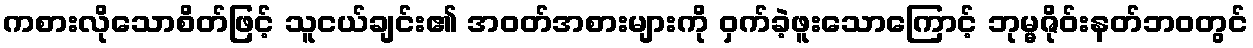
ကစားလိုသောစိတ်ဖြင့် သူငယ်ချင်း၏ အဝတ်အစားများကို ဝှက်ခဲ့ဖူးသောကြောင့် ဘုမ္မဇိုဝ်းနတ်ဘဝတွင်